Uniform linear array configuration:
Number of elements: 16
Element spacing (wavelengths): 1
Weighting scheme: cosine
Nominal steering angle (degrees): -60
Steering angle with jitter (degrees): -59.24
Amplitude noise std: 0.05
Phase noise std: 0.05

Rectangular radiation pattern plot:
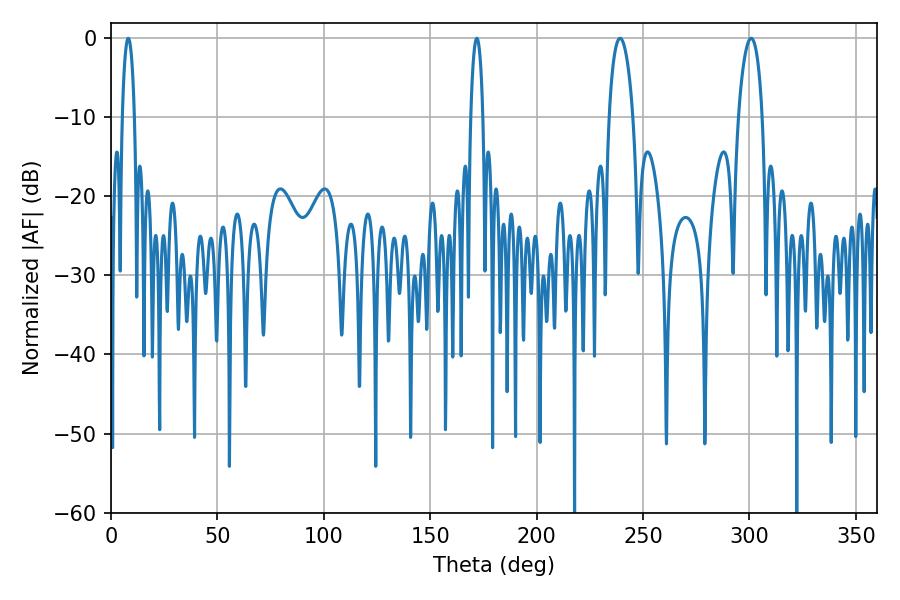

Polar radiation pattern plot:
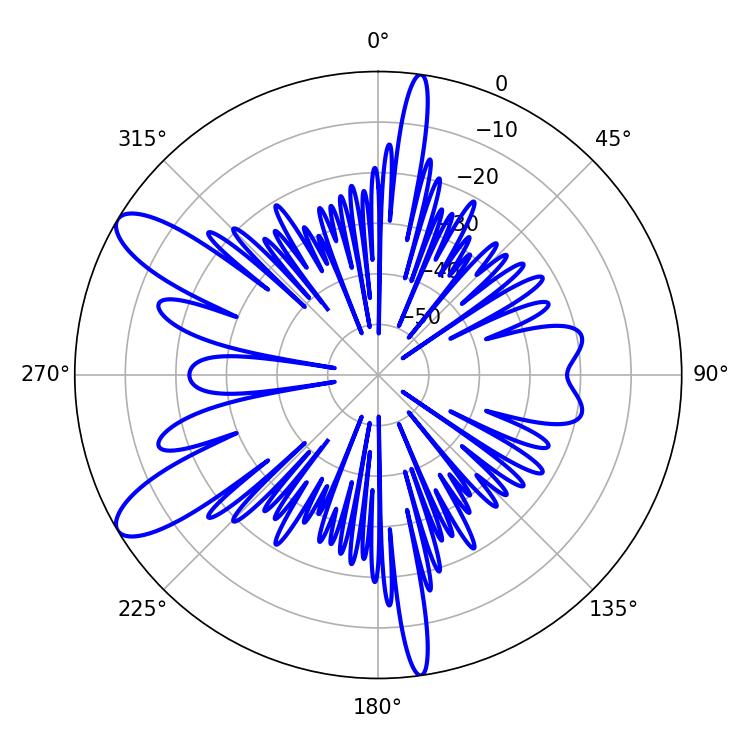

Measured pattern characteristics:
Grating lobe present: TRUE
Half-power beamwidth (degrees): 3.24
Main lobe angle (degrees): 8.1